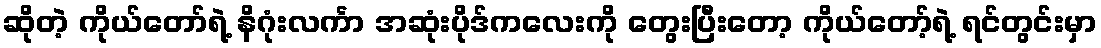
ဆိုတဲ့ ကိုယ်တော်ရဲ့ နိဂုံးလင်္ကာ အဆုံးပိုဒ်ကလေးကို တွေးပြီးတော့ ကိုယ်တော့်ရဲ့ ရင်တွင်းမှာ